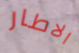
الاطار